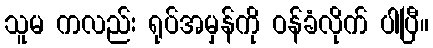
သူမ ကလည်း ရုပ်အမှန်ကို ဝန်ခံလိုက် ပါပြီ။